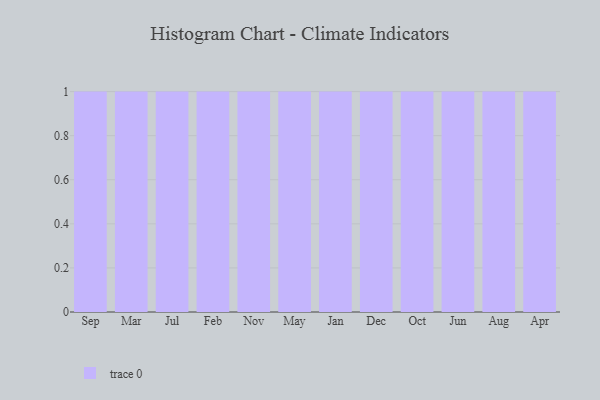
{"axis": {"x": "Month", "y": "Customer Acquisition Cost (USD)"}, "legend": [""], "data": [{"x": "Sep", "y": 36, "type": ""}, {"x": "Mar", "y": 13, "type": ""}, {"x": "Jul", "y": 58, "type": ""}, {"x": "Feb", "y": 5, "type": ""}, {"x": "Nov", "y": 33, "type": ""}, {"x": "May", "y": 75, "type": ""}, {"x": "Jan", "y": 57, "type": ""}, {"x": "Dec", "y": 77, "type": ""}, {"x": "Oct", "y": 79, "type": ""}, {"x": "Jun", "y": 78, "type": ""}, {"x": "Aug", "y": 42, "type": ""}, {"x": "Apr", "y": 82, "type": ""}]}